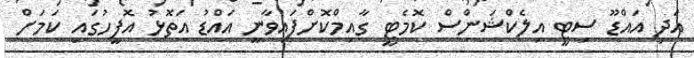
އަދި އައްޑޫ ސިޓީ އިލެކްޝަންސް ކޮމެޓީ ގާއިމްކޮށްފައިވާނީ އައްޑު އަތޮޅު އޮފީހުގައި ކަމަށް